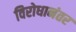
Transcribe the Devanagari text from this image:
विरोधानंतर